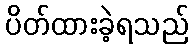
ပိတ်ထားခဲ့ရသည်